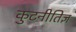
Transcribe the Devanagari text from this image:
कुटनीतिज्ञ